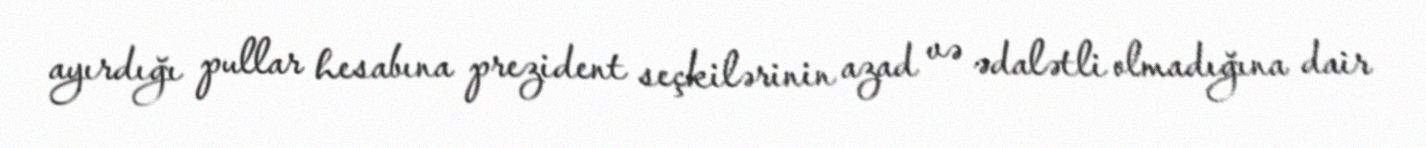
ayırdığı pullar hesabına prezident seçkilərinin azad və ədalətli olmadığına dair